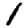
Digit: 1